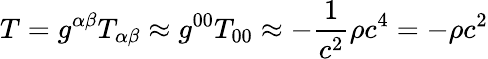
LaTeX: T=g^{\alpha\beta}T_{\alpha\beta}\approx g^{00}T_{00}\approx-{\frac{1}{c^{2}}}\rho c^{4}=-\rho c^{2}